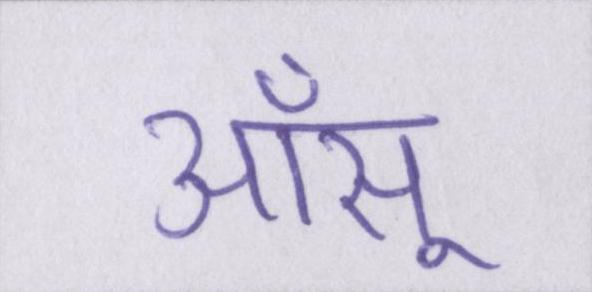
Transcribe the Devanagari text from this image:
आँसू